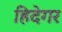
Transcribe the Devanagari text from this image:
हिदेगर